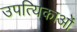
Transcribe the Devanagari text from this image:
उपत्यिकाओं